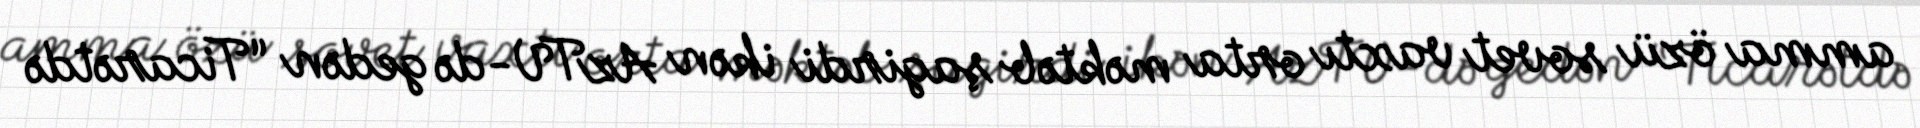
amma özü sovet vaxtı orta məktəb şagirdi ikən AzTV-də gedən “Ticarətdə